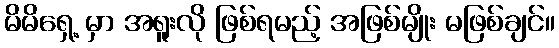
မိမိရှေ့ မှာ အရူးလို ဖြစ်ရမည့် အဖြစ်မျိုး မဖြစ်ချင်။